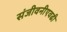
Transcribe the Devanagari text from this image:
संजीवनीएवढी